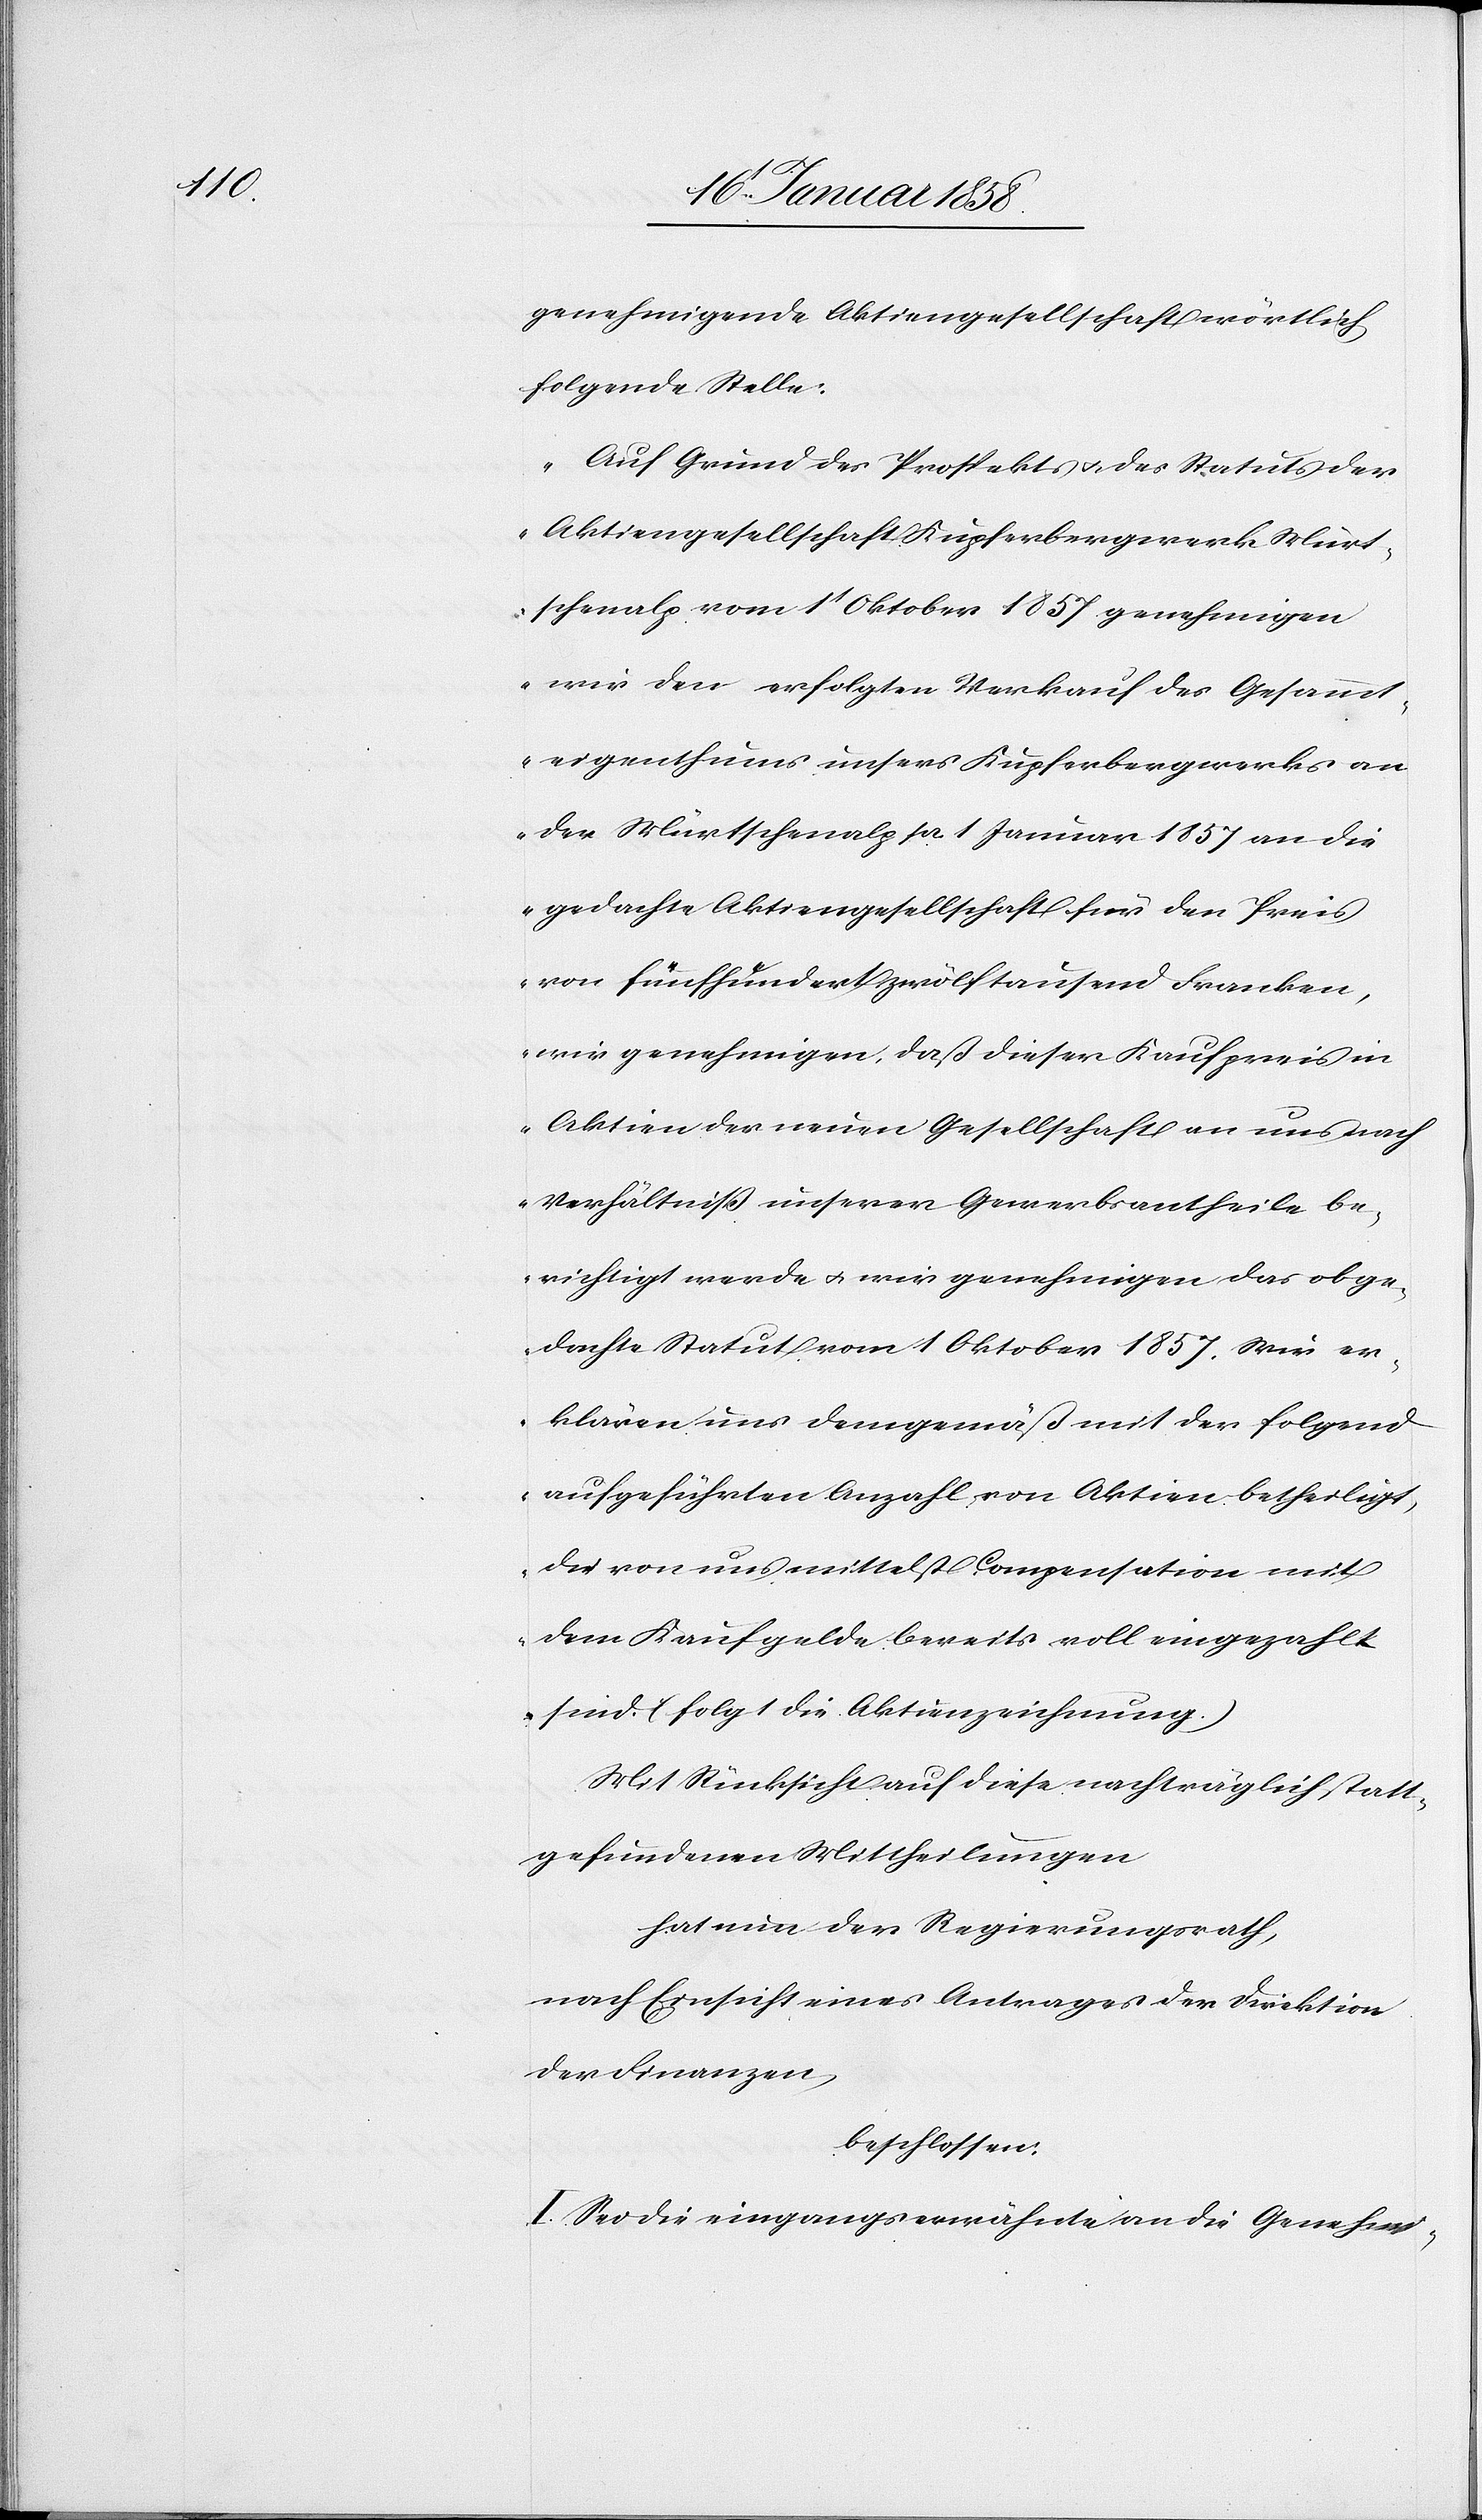
genehmigende Aktiengesellschaft wörtliche
folgende Stelle:
„Auf Grund des Prospekts u. des Statuts der
Aktiengesellschaft Kupferbergwerk Mürt¬
schenalp vom 1t Oktober 1857 genehmigen
wir den erfolgten Verkauf des Gesammt¬
eigenthums unsers Kupferbergwerks an
der Mürtschenalp pr. 1 Januar 1857 an die
gedachte Aktiengesellschaft für den Preis
von fünfhundertzwölftausend Franken,
wir genehmigen, daß dieser Kaufpreis in
Aktien der neuen Gesellschaft an uns nach
Verhältniß unserer Gewerbsantheile be¬
richtigt werde u. wir genehmigen das obge¬
dachte Statut vom 1 Oktober 1857. Wir er¬
klären uns demgemäß mit der folgend
aufgeführten Anzahl von Aktien betheiligt,
die von uns mittelst Compensation mit
dem Kaufgelde bereits voll eingezahlt
sind. (folgt die Aktienzeichnung.)
Mit Rücksicht auf diese nachträglich statt¬
gefundenen Mittheilungen
hat nun der Regierungsrath,
nach Einsicht eines Antrages der Direktion
der Finanzen,
beschlossen:
I. Sei die eingangserwähnte an die Genehmi-